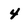
Character: 4